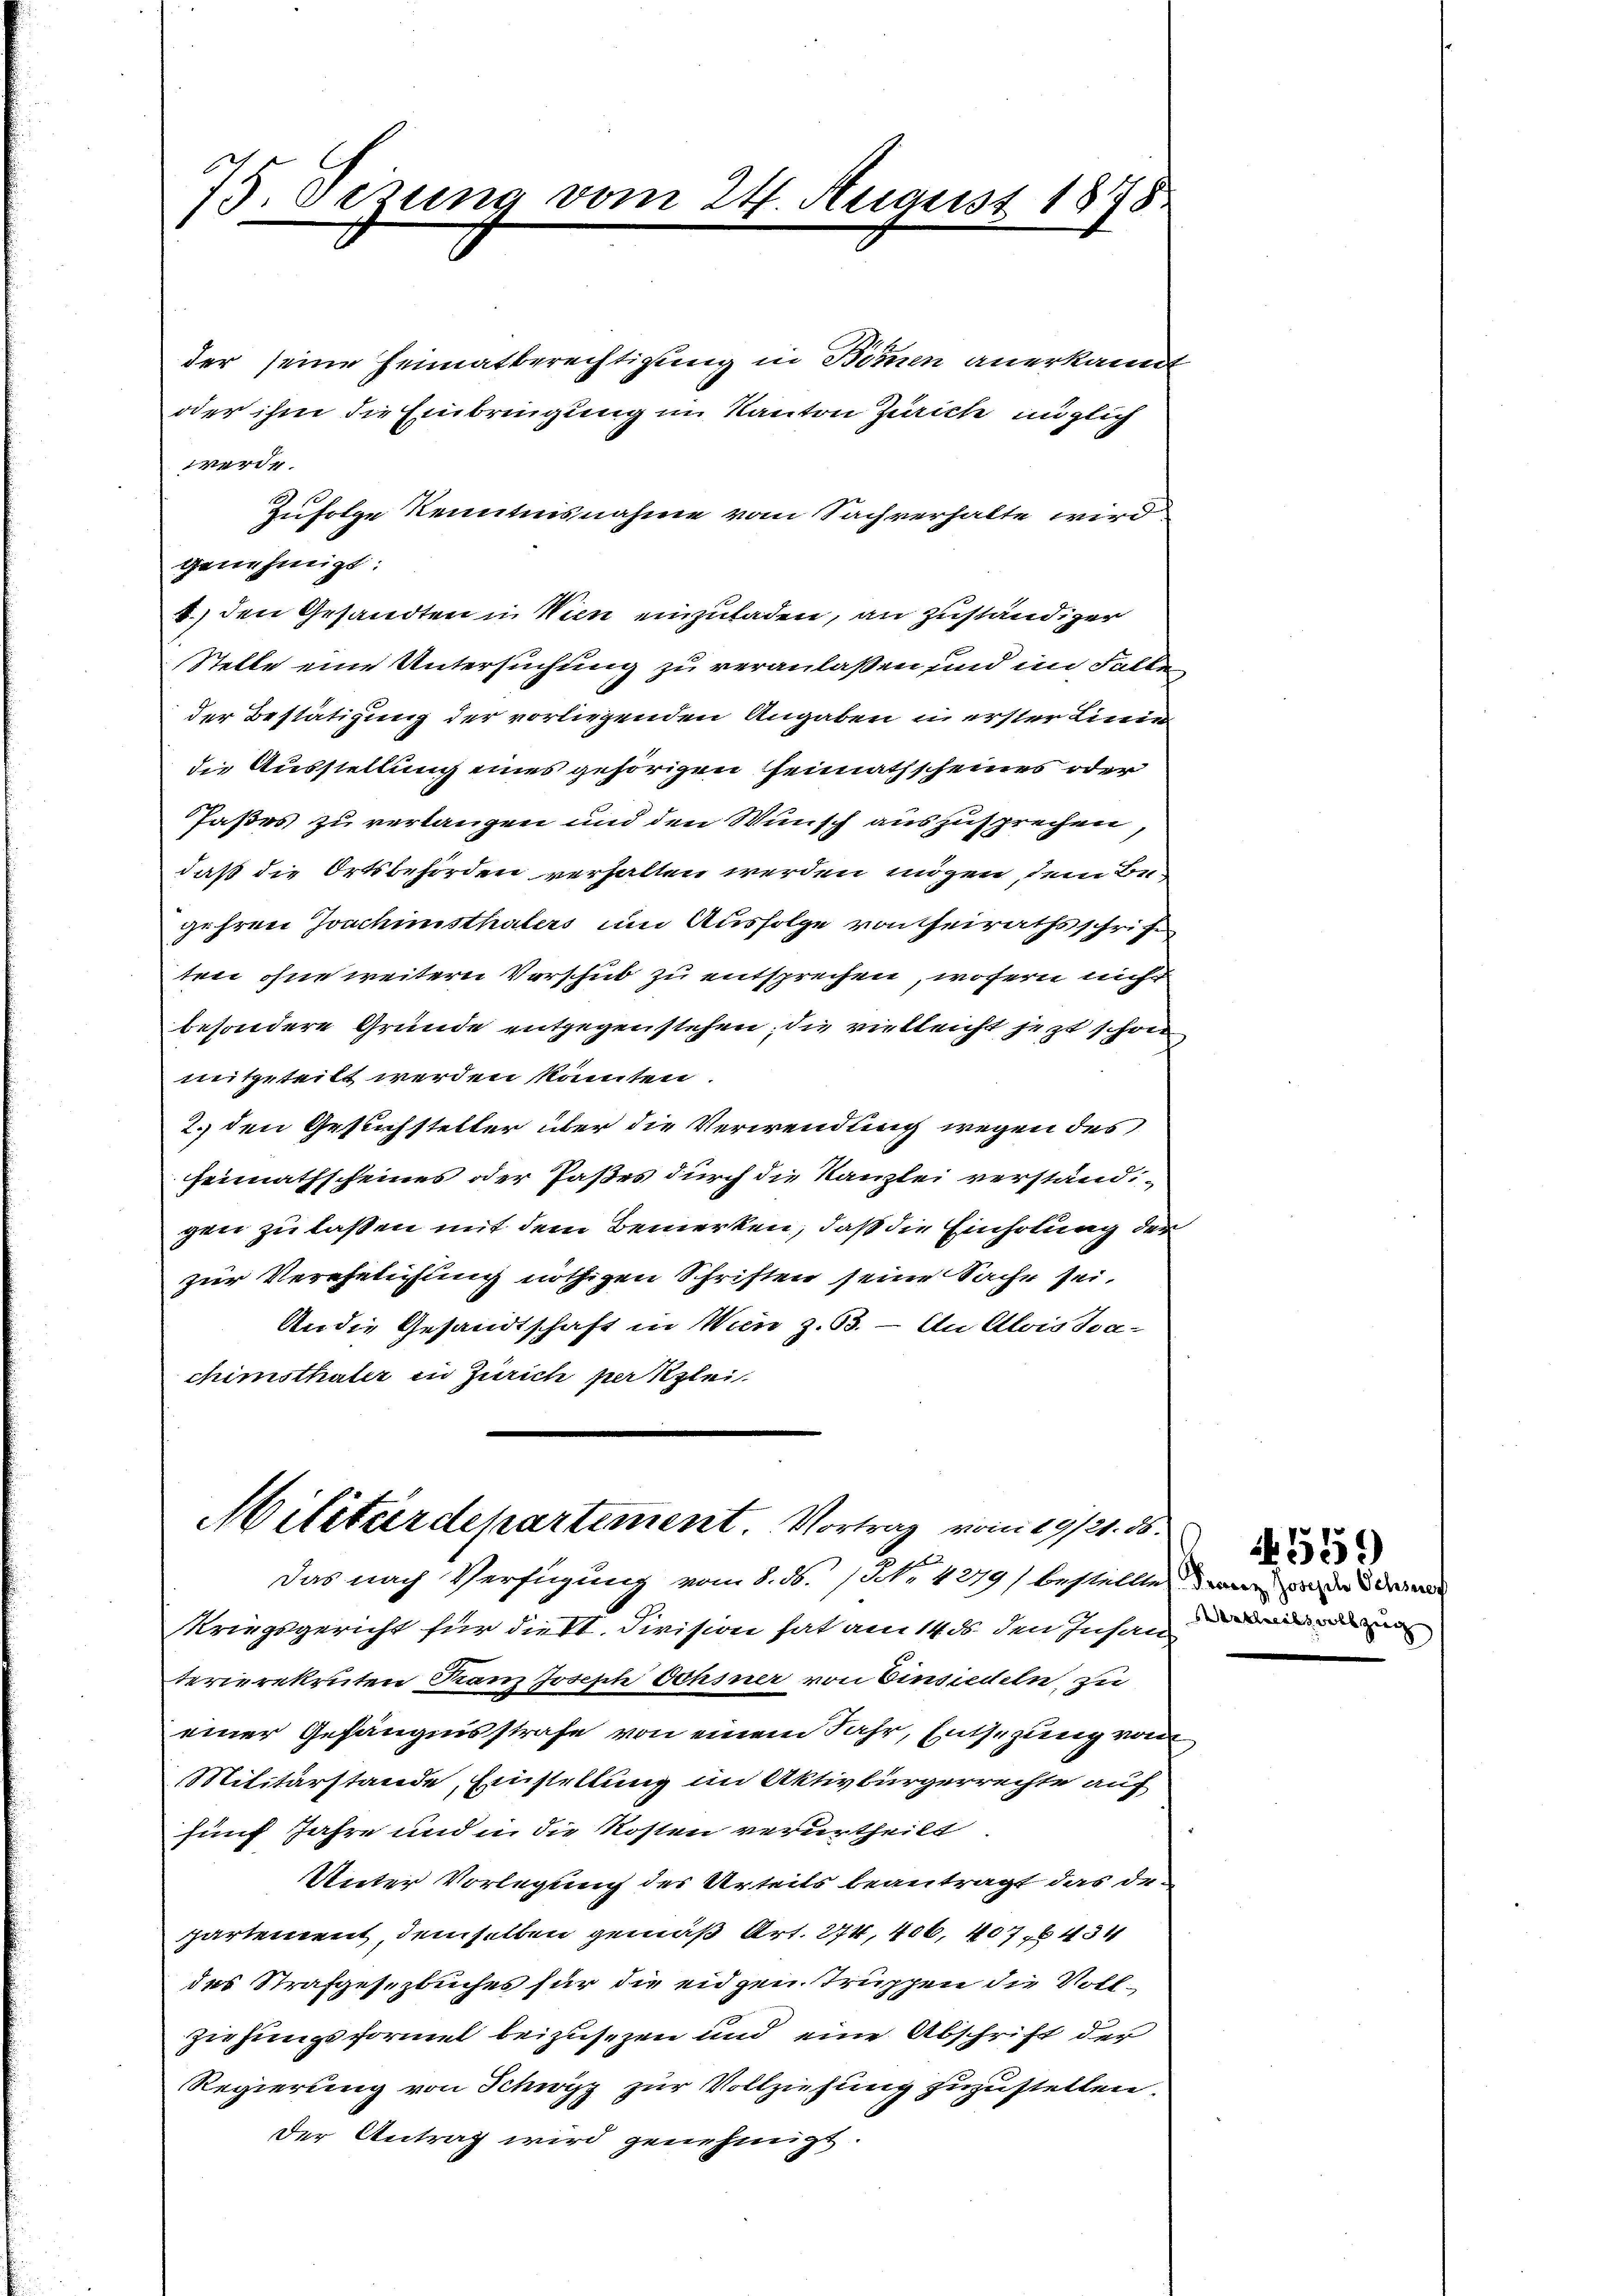
75. Sezung vom 24. August 1878.

der seine Heimatberechtigung in Bommen anerkannt
oder ihm die Einbringung im Kanton Zürich möglich
werde
Zufolge Kenntnisnahme vom Sachverhalte wird
genehmigt.
4.) den Gesandten in Wien einzuladen, an zuständiger
Stelle eine Untersuchung zu veranlaßen und im Falle
der Bestätigung der vorliegenden Angaben in erster Linie
die Ausstellung eines gehörigen Heimathscheines oder
Paßes zu verlangen und den Wunsch auszusprechen,
daß die Ortsbehörden verhalten werden mögen, sein Begehren Joachimsthalers um Ausfolge von heirathsschrift
ten ohne weitern Vorschub zu entsprechen, wofern nicht
besondere Gründe entgegenstehen; die vielleicht jezt schon
meitgeteilt werden könnten.
2. den Gesuchsteller über die Verwendung wegen des
heimathscheines oder Paßes durch die Kanzlei verstand-
gen zu lassen mit dem Bemerken, daß die Einholung der
zur Verehelichung nöthigen Schriften seine Sache sei.
An die Gesandtschaft in Wien z. 63. — An Alois da-
chimsthaler in Zürich per Klei

Militärdepartement. Vortrag vom 19/21. ds.
Das nach Verfügung vom 8. N. N. 4279) bestellte, warens der die

Kriegsgericht für dieVI. Division hat am 14. ds. den Inhal
terierekruten Kranz Joseph dchsner von Einsiedeln, zu
einer Gefängensstrafe von einem Jahr, Entsezung vom
Militärstande, Einstellung im Aktivbürgerrechte auf
fünf Jahre und in die Kosten verurtheilt.
Unter Vorlegung des Urteils beantragt das departement, demselben gemäß Art. 274, 406, 407, 434
des Strafgesezbuches für die eidgen Truppen die Vollziehungsformel beizusezen und eine Abschrift der
Regierung von Schwyz zur Vollziehung zuzustellen.
Der Antrag wird genehmigt.

4559